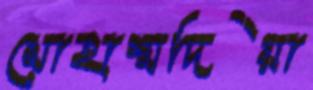
মোহাম্মদিয়া